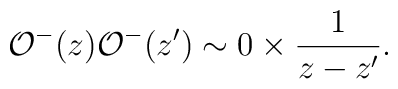
{\cal O}^-(z){\cal O}^-(z') \sim  0\times \frac{1}{z-z'}.